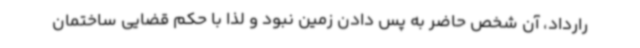
رارداد، آن شخص حاضر به پس دادن زمین نبود و لذا با حکم قضایی ساختمان